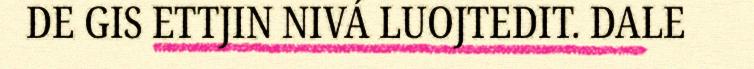
DE GIS ETTJIN NIVÁ LUOJTEDIT. DALE